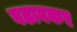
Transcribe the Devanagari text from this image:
वढावकर